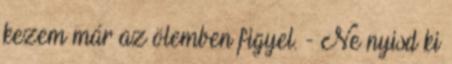
kezem már az ölemben figyel. - Ne nyisd ki